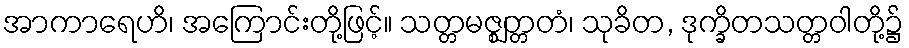
အာကာရေဟိ၊ အကြောင်းတို့ဖြင့်။ သတ္တမဇ္ဈတ္တတံ၊ သုခိတ, ဒုက္ခိတသတ္တဝါတို့၌